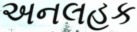
અનલહક